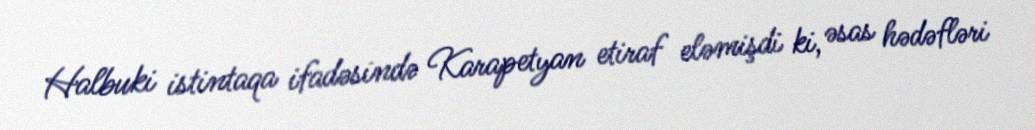
Halbuki istintaqa ifadəsində Karapetyan etiraf eləmişdi ki, əsas hədəfləri